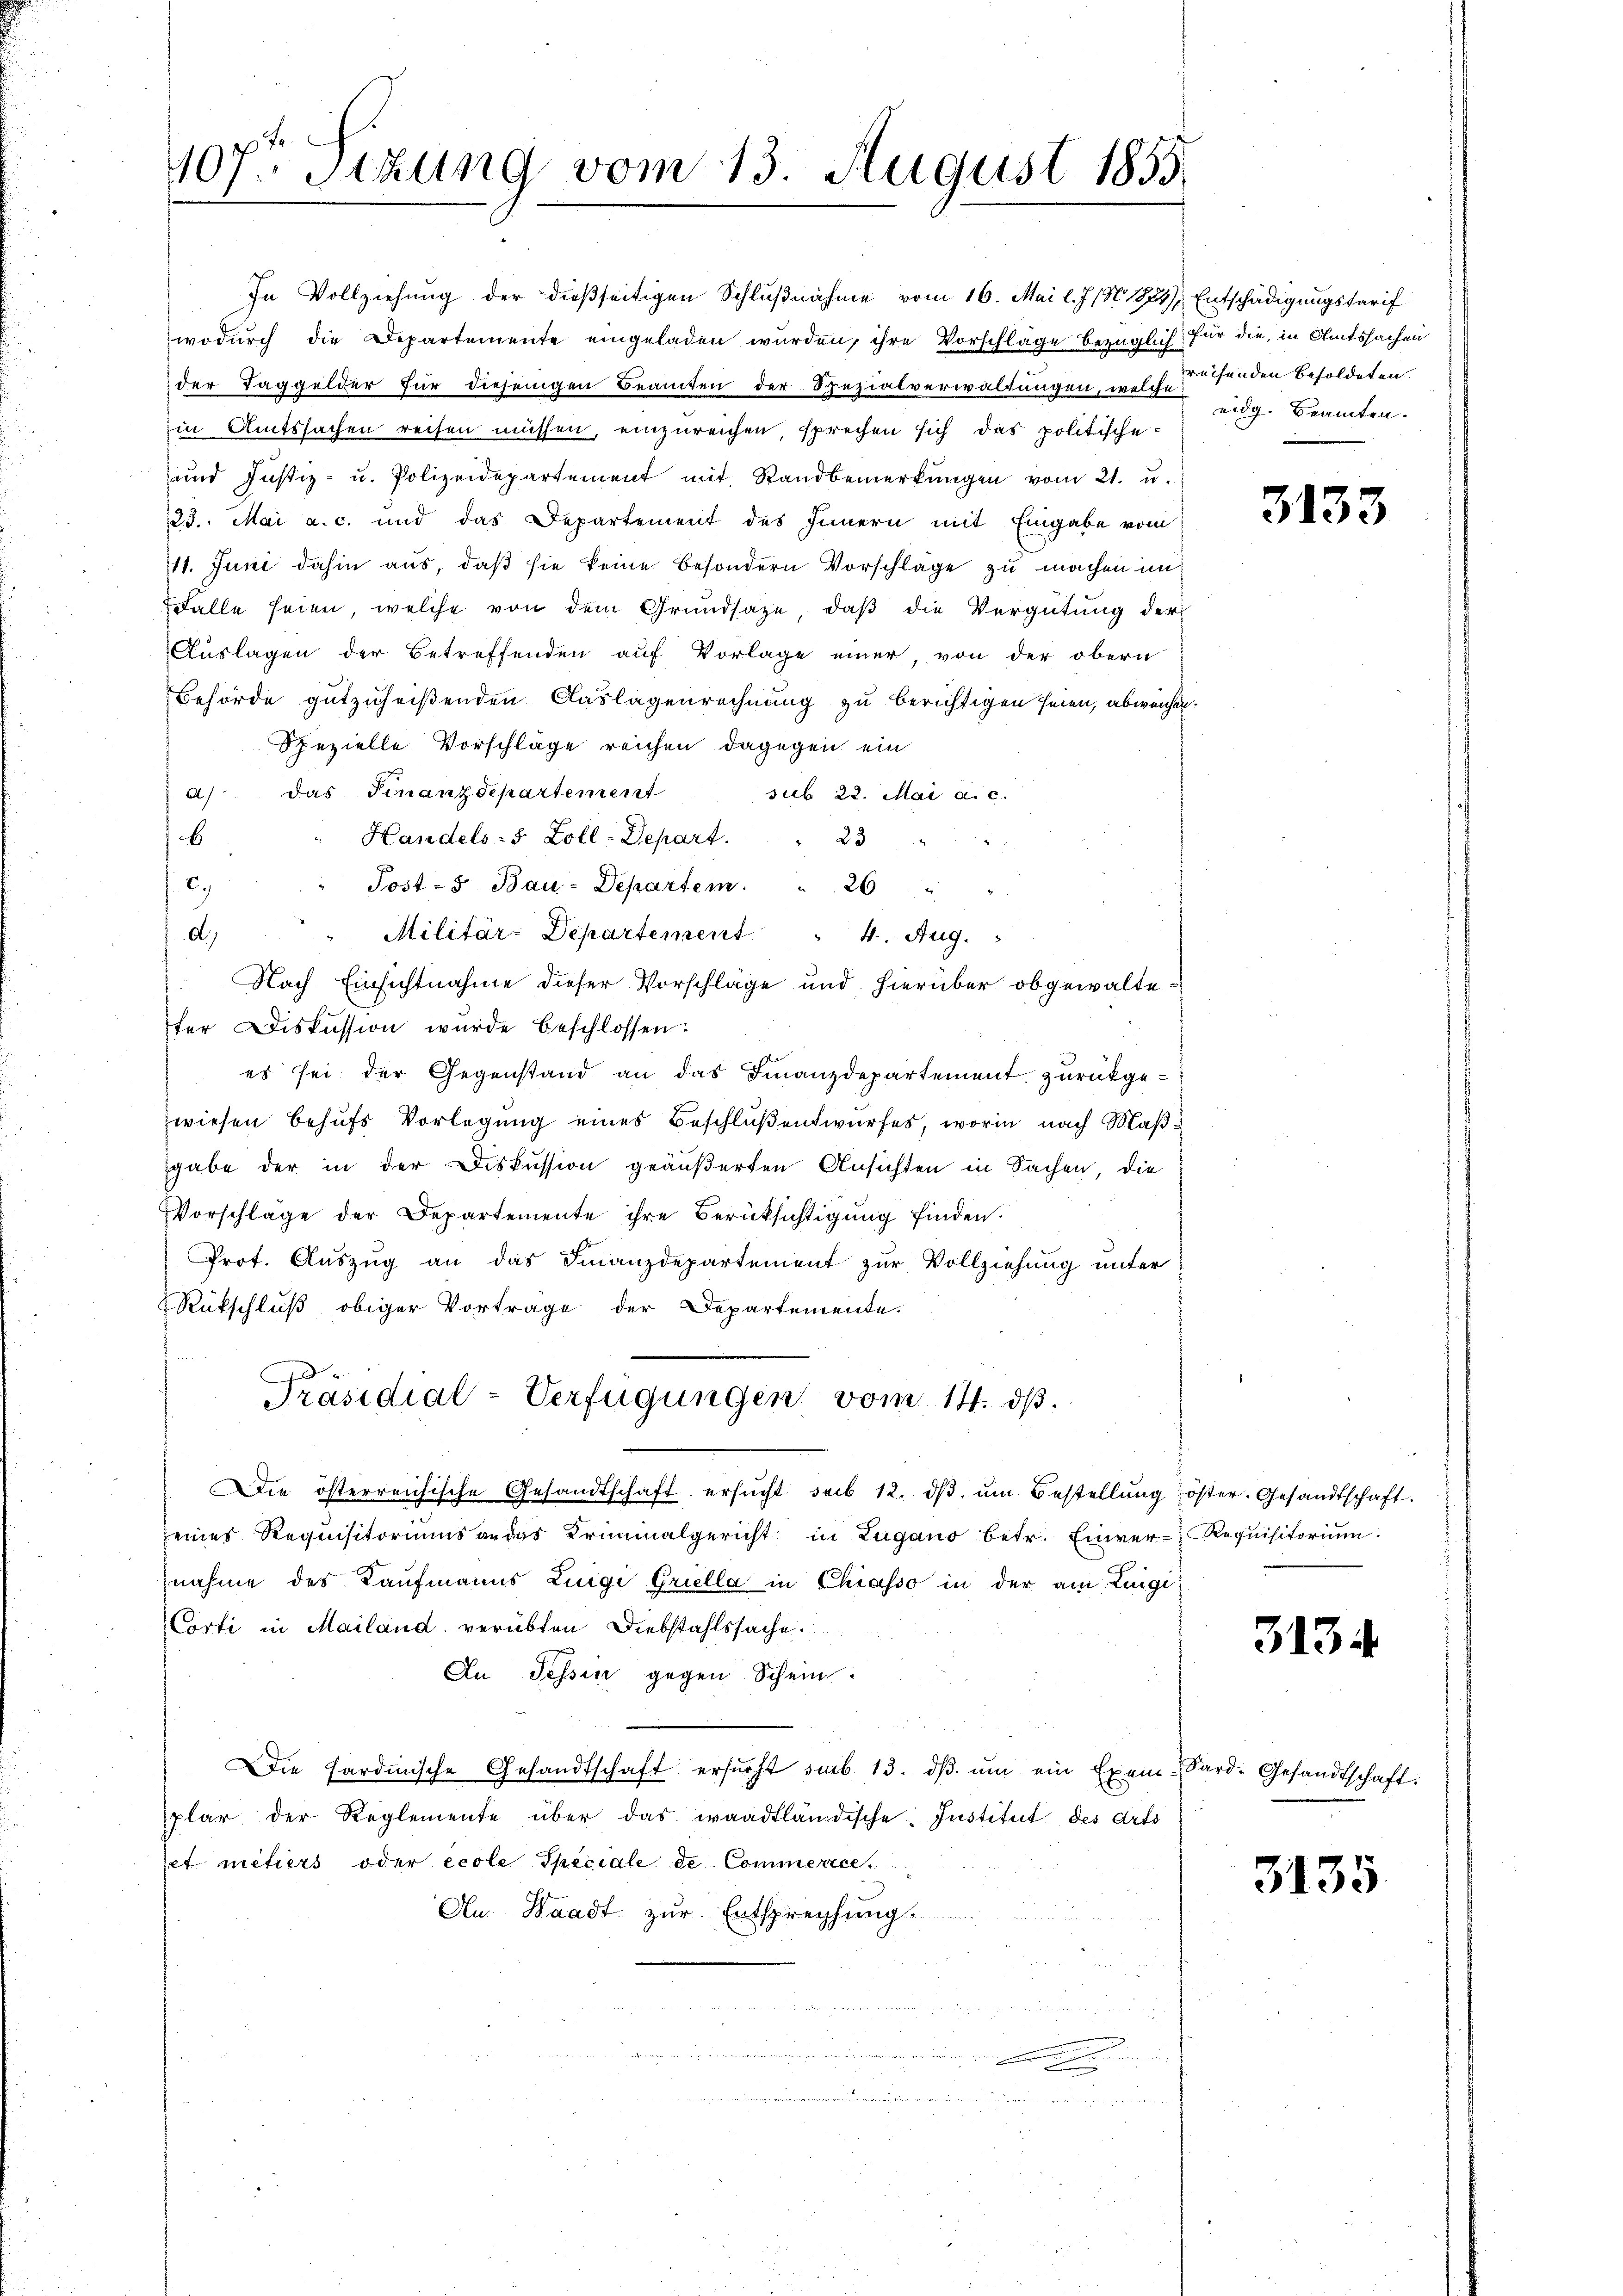
407. Sizung vom 13. August 1855.

In Vollziehung der dießseitigen Schlußnahme vom 16. Mai l. J. (N. 1874),
wodurch die Departemente eingeladen wurden, ihre Vorschläge bezüglich
der Taggelder für diejenigen Beamten der Spezialverwaltungen, welche
in Amtssachen reisen müssen, einzureichen sprechen sich das politische¬
und Justiz- u. Polizeidepartement mit Stand bemerkŭngen vom 21. u.
223. Mai a. c. und das Departement des Innern mit Eingabe vom
111. Juni dahin aus, daß sie keine besondern Vorschläge zu machen im
Falle seien, welche von dem Grundsaze, daß die Vergütung der
Auslagen der Betreffenden auf Vorlage einer, von der obern
Behörde gutzuheißenden Auslagenrechnung zu berichtigen seien, abweiche
Spezielle Vorschläge reichen dagegen ein
a) das Finanzdepartement sub 22. Mai a.c.
Handels- 5 Zoll-Depart.
b
23
Post- & Bau-Departem
6.)
26
d) " Militär-Departement                             . Aug.
Nach Einsichtnahme dieser Vorschläge und hierüber obgewalteter Diskussion wurde beschlossen:
es sei der Gegenstand an das Finanzdepartement zurückge-
wiesen behufs Vorlegung eines Beschlußentwurfes, worin nach Maßgabe der in der Diskussion geäußerten Ansichten in Sachen, die
Vorschläge der Departemente ihre Berücksichtigung finden.
Prot. Auszug an das Finanzdepartement zur Vollziehung unter
Rückschluß obiger Vortrage der Departemente.
Präsidial-Verfügungen vom 14. ds.
Die österreichische Gesandtschaft ersŭcht seit 12. dβ ŭm Bestellŭng öster. Gesandtschaft.
seines Requisitoriums an das Kriminalgericht in Lugano betr. Einver-Requisitorium
nahme des Kaufmanns Luigi Griella in Chiasso in der am Luigi
Corti in Mailand verübten Diebstahlssache.
Zu Tessin gegen Schein
Die Sardinische Gesandtschaft ersŭcht sub 13. dβ. ŭm ein Exem-Sard. Gesandtschaft:
plar der Reglemente über das waadtländische Institut des Orts
et métiers oder Ecole Speciale de Commerce.
Au. Waadt zur Entsprechung.

Entschädigungsfarif
für die, in Amtssachen
reifenden Besoldeten.
eidg. Beamten.

3133

3134

3135